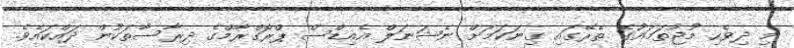
މި ދިވެހި މުޖުތަމައުގެ ތެރޭގައި ގިނަކަމަށް ނެޝަނަލް އެއިޑްސް ޕްރޮގްރާމްގެ ދިރާސާތަކުން ދައްކައެވެ.